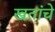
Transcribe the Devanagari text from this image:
खतांचे